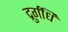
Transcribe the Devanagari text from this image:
द्रुर्गंधि